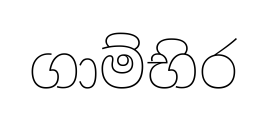
ගාම්භිර